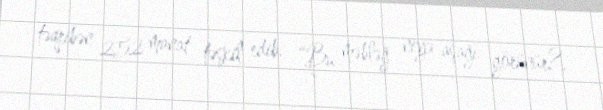
təqribən 252 manat təşkil edib: “Bu məbləğ niyə aşağı görünür?.